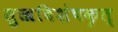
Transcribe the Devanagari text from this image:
सुखविशेषकृत्